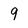
Character: 9